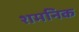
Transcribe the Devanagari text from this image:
शमनिक